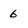
Character: 6